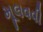
મૂલવવી